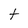
Character: t